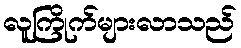
လူကြိုက်များလာသည်